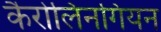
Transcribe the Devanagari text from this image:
कैरोलिनगियन